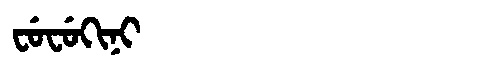
Manchu: ᠸᡠᠸᡠᡴᡳᠨᡳ
Romanization: FUFUKINI